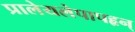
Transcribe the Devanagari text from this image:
प्रालेयलेपापहृन्